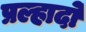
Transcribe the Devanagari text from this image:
प्रल्हादो